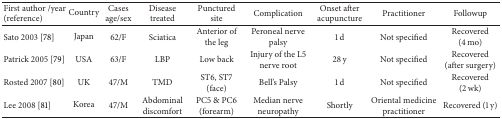
<table><thead><tr><td><b>First author/year (reference)</b></td><td><b>Country</b></td><td><b>Cases age/sex</b></td><td><b>Disease treated </b></td><td><b>Punctured site </b></td><td><b>Complication</b></td><td><b>Onset after acupuncture </b></td><td><b>Practitioner</b></td><td><b>Followup</b></td></tr></thead><tbody><tr><td>Sato 2003 [78]</td><td>Japan</td><td>62/F</td><td>Sciatica</td><td>Anterior of the leg</td><td>Peroneal nerve palsy</td><td>1 d</td><td>Not specified</td><td>Recovered (4 mo)</td></tr><tr><td>Patrick 2005 [79]</td><td>USA</td><td>63/F</td><td>LBP</td><td>Low back</td><td>Injury of the L5 nerve root </td><td>28 y</td><td>Not specified </td><td>Recovered(after surgery)</td></tr><tr><td>Rosted 2007 [80]</td><td>UK</td><td>47/M</td><td>TMD</td><td>ST6, ST7 (face)</td><td>Bell&#x27;s Palsy </td><td>1 d </td><td>Not specified </td><td>Recovered (2 wk)</td></tr><tr><td>Lee 2008 [81]</td><td>Korea</td><td>47/M</td><td>Abdominal discomfort</td><td>PC5 &amp; PC6 (forearm)</td><td>Median nerve neuropathy</td><td>Shortly</td><td>Oriental medicine practitioner</td><td>Recovered (1 y)</td></tr></tbody></table>